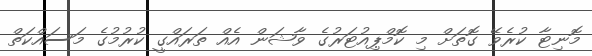
މޮނިޓާ ކުރެވޭ ގޮތަށް މި ކޮމްޕިއުޓަރުގެ ވާޝަން އެެއް ތަރައްގީ ކުރުމުގެ މަސައްކަތް